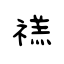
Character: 禚